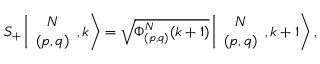
S _ { + } \left\vert \begin{array} { c } { { N } } \\ { { ( p , q ) } } \end{array} , k \right> = \sqrt { \Phi _ { ( p , q ) } ^ { N } ( k + 1 ) } \left\vert \begin{array} { c } { { N } } \\ { { ( p , q ) } } \end{array} , k + 1 \right> ,